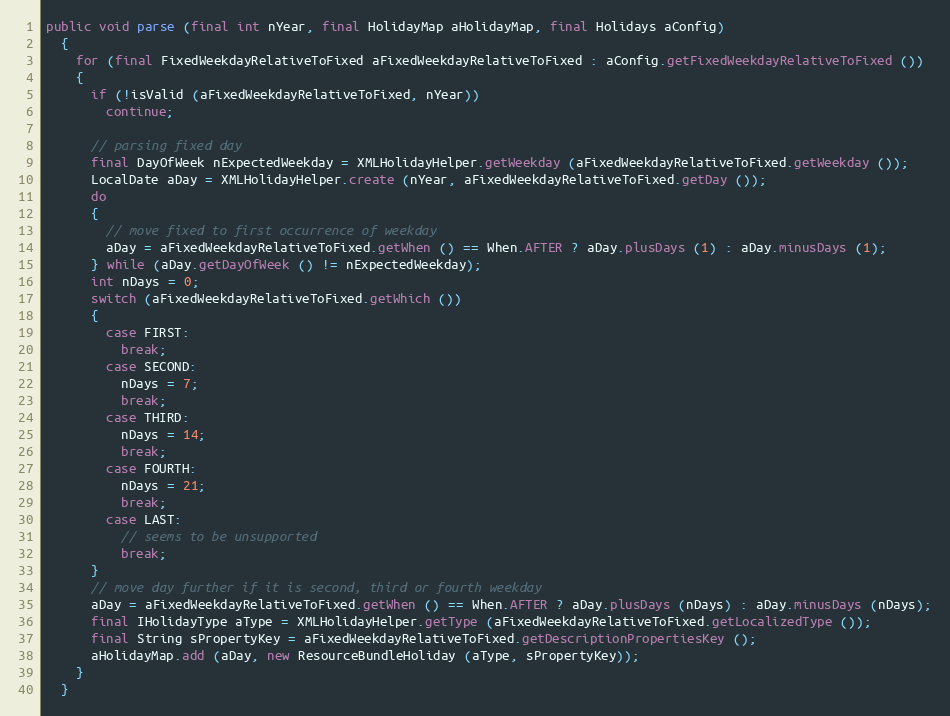
Language: Java
public void parse (final int nYear, final HolidayMap aHolidayMap, final Holidays aConfig)
  {
    for (final FixedWeekdayRelativeToFixed aFixedWeekdayRelativeToFixed : aConfig.getFixedWeekdayRelativeToFixed ())
    {
      if (!isValid (aFixedWeekdayRelativeToFixed, nYear))
        continue;

      // parsing fixed day
      final DayOfWeek nExpectedWeekday = XMLHolidayHelper.getWeekday (aFixedWeekdayRelativeToFixed.getWeekday ());
      LocalDate aDay = XMLHolidayHelper.create (nYear, aFixedWeekdayRelativeToFixed.getDay ());
      do
      {
        // move fixed to first occurrence of weekday
        aDay = aFixedWeekdayRelativeToFixed.getWhen () == When.AFTER ? aDay.plusDays (1) : aDay.minusDays (1);
      } while (aDay.getDayOfWeek () != nExpectedWeekday);
      int nDays = 0;
      switch (aFixedWeekdayRelativeToFixed.getWhich ())
      {
        case FIRST:
          break;
        case SECOND:
          nDays = 7;
          break;
        case THIRD:
          nDays = 14;
          break;
        case FOURTH:
          nDays = 21;
          break;
        case LAST:
          // seems to be unsupported
          break;
      }
      // move day further if it is second, third or fourth weekday
      aDay = aFixedWeekdayRelativeToFixed.getWhen () == When.AFTER ? aDay.plusDays (nDays) : aDay.minusDays (nDays);
      final IHolidayType aType = XMLHolidayHelper.getType (aFixedWeekdayRelativeToFixed.getLocalizedType ());
      final String sPropertyKey = aFixedWeekdayRelativeToFixed.getDescriptionPropertiesKey ();
      aHolidayMap.add (aDay, new ResourceBundleHoliday (aType, sPropertyKey));
    }
  }